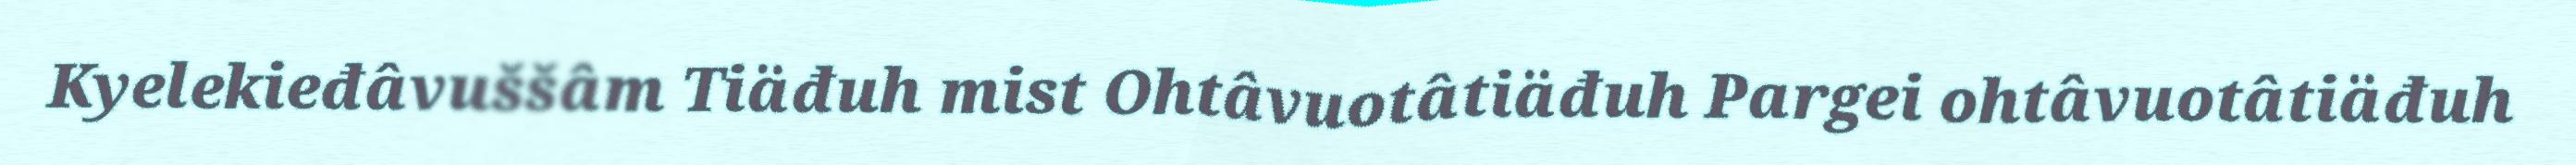
Kyelekieđâvuššâm Tiäđuh mist Ohtâvuotâtiäđuh Pargei ohtâvuotâtiäđuh